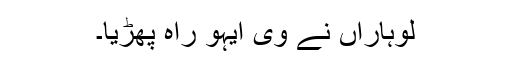
لوہاراں نے وی ایہو راہ پھڑیا۔